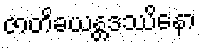
ဇာတိခယန္တဒဿိနော